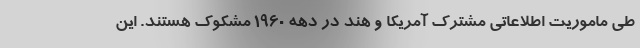
طی ماموریت اطلاعاتی مشترک آمریکا و هند در دهه 1960 مشکوک هستند. این